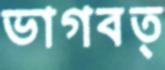
ভাগবত্